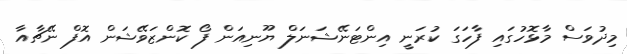
މިދުވަސް މާޅޮހުގައި ފާހަގަ ކުރަނީ އިންޓަނޭޝަނަލް ޔޫނިއަން ފޯ ކޮންޒަވޭޝަން އޮފް ނޭޗާއާ